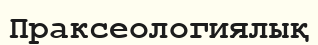
Праксеологиялық